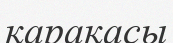
қарақасы